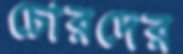
চোরদের